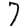
Digit: 7